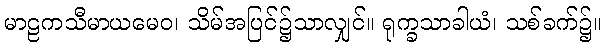
မာဠကသီမာယမေဝ၊ သိမ်အပြင်၌သာလျှင်။ ရုက္ခသာခါယံ၊ သစ်ခက်၌။